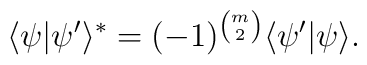
\langle\psi|\psi^{\prime}\rangle^{\ast}=(-1)^{{m \choose 2}}\langle\psi^{\prime}|\psi\rangle.